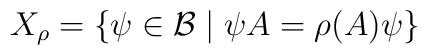
X_{\rho }=\left\{ \psi \in \mathcal{B}\mid \psi A=\rho (A)\psi \right\}